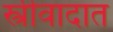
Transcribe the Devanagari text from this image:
स्त्रीवादात